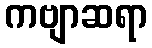
ကဗျာဆရာ